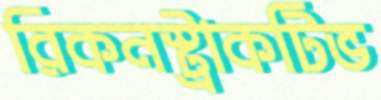
রিকনস্ট্রাকটিভ